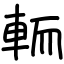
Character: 輀